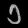
Digit: ၁